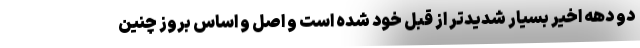
دو دهه اخیر بسیار شدیدتر از قبل خود شده است و اصل و اساس بروز چنین